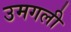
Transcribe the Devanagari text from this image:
उमगली